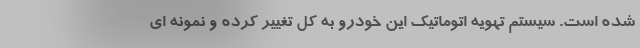
شده است. سیستم تهویه اتوماتیک این خودرو به کل تغییر کرده و نمونه ای